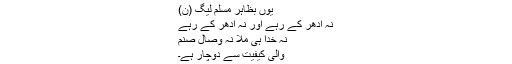
یوں بظاہر مسلم لیگ (ن)
نہ ادھر کے رہے اور نہ ادھر کے رہے
نہ خدا ہی ملا نہ وصالِ صنم
والی کیفیت سے دوچار ہے۔